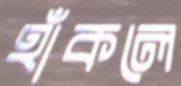
হাঁকলে